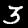
Digit: 3